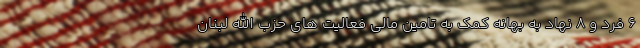
۶ فرد و ۸ نهاد به بهانه کمک به تامین مالی فعالیت های حزب الله لبنان